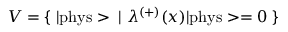
V = \{ \; | \mathrm { p h y s } > \; | \; { \lambda } ^ { ( + ) } ( x ) | \mathrm { p h y s } > = 0 \; \}